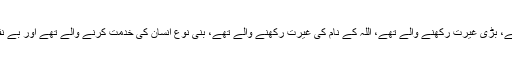
بہت محنتی تھے، بڑی غیرت رکھنے والے تھے، اللہ کے نام کی غیرت رکھنے والے تھے، بنی نوع انسان کی خدمت کرنے والے تھے اور بے نفس آدمی تھے۔